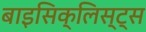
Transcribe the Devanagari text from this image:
बाइसिक्लिस्ट्स